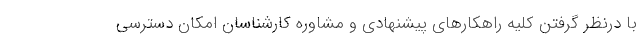
با درنظر گرفتن کلیه راهکارهای پیشنهادی و مشاوره کارشناسان امکان دسترسی